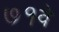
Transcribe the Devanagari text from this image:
७१वे